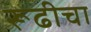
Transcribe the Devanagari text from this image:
रूढीचा